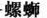
螺蛳